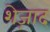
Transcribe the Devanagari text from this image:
शेज़ाद